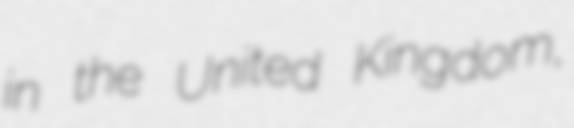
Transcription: in the United Kingdom,